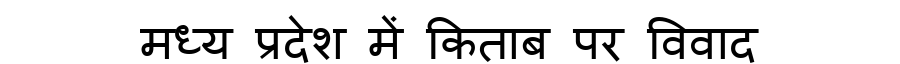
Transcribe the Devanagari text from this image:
मध्य प्रदेश में किताब पर विवाद